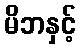
မိဘနှင့်